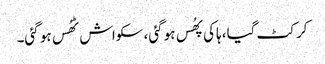
کرکٹ گیا، ہاکی پھُس ہو گئی، سکواش ٹھُس ہو گئی۔